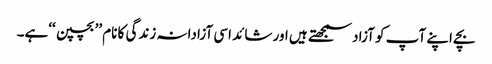
بچے اپنے آپ کو آزاد سمجھتے ہیں اور شائد اسی آزادانہ زندگی کا نام ’’بچپن ‘‘ہے۔